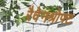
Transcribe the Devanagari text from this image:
रैवेनश्रोफ्ट